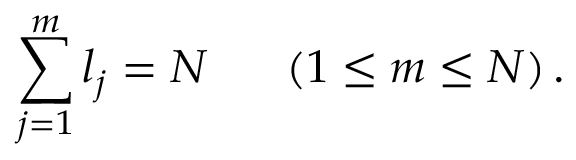
\sum _ { j = 1 } ^ { m } l _ { j } = N \; \; \; \; \; \; ( 1 \leq m \leq N ) \, .